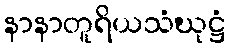
နာနာတူရိယသံဃုဋ္ဌံ